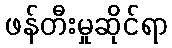
ဖန်တီးမှုဆိုင်ရာ